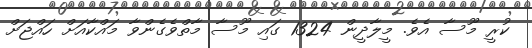
ކުރީ މޫސާ އެވެ. މީލާދީން 1324 ގައި މޫސާ މާތްވެގެންވާ މައްކާއަށް ހައްޖަށް